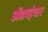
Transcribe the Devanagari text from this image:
ॲडव्हंचर